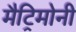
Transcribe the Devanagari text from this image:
मैट्रिमोनी